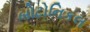
બોટોનિકલ